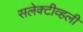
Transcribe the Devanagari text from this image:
सलेक्टीव्हली